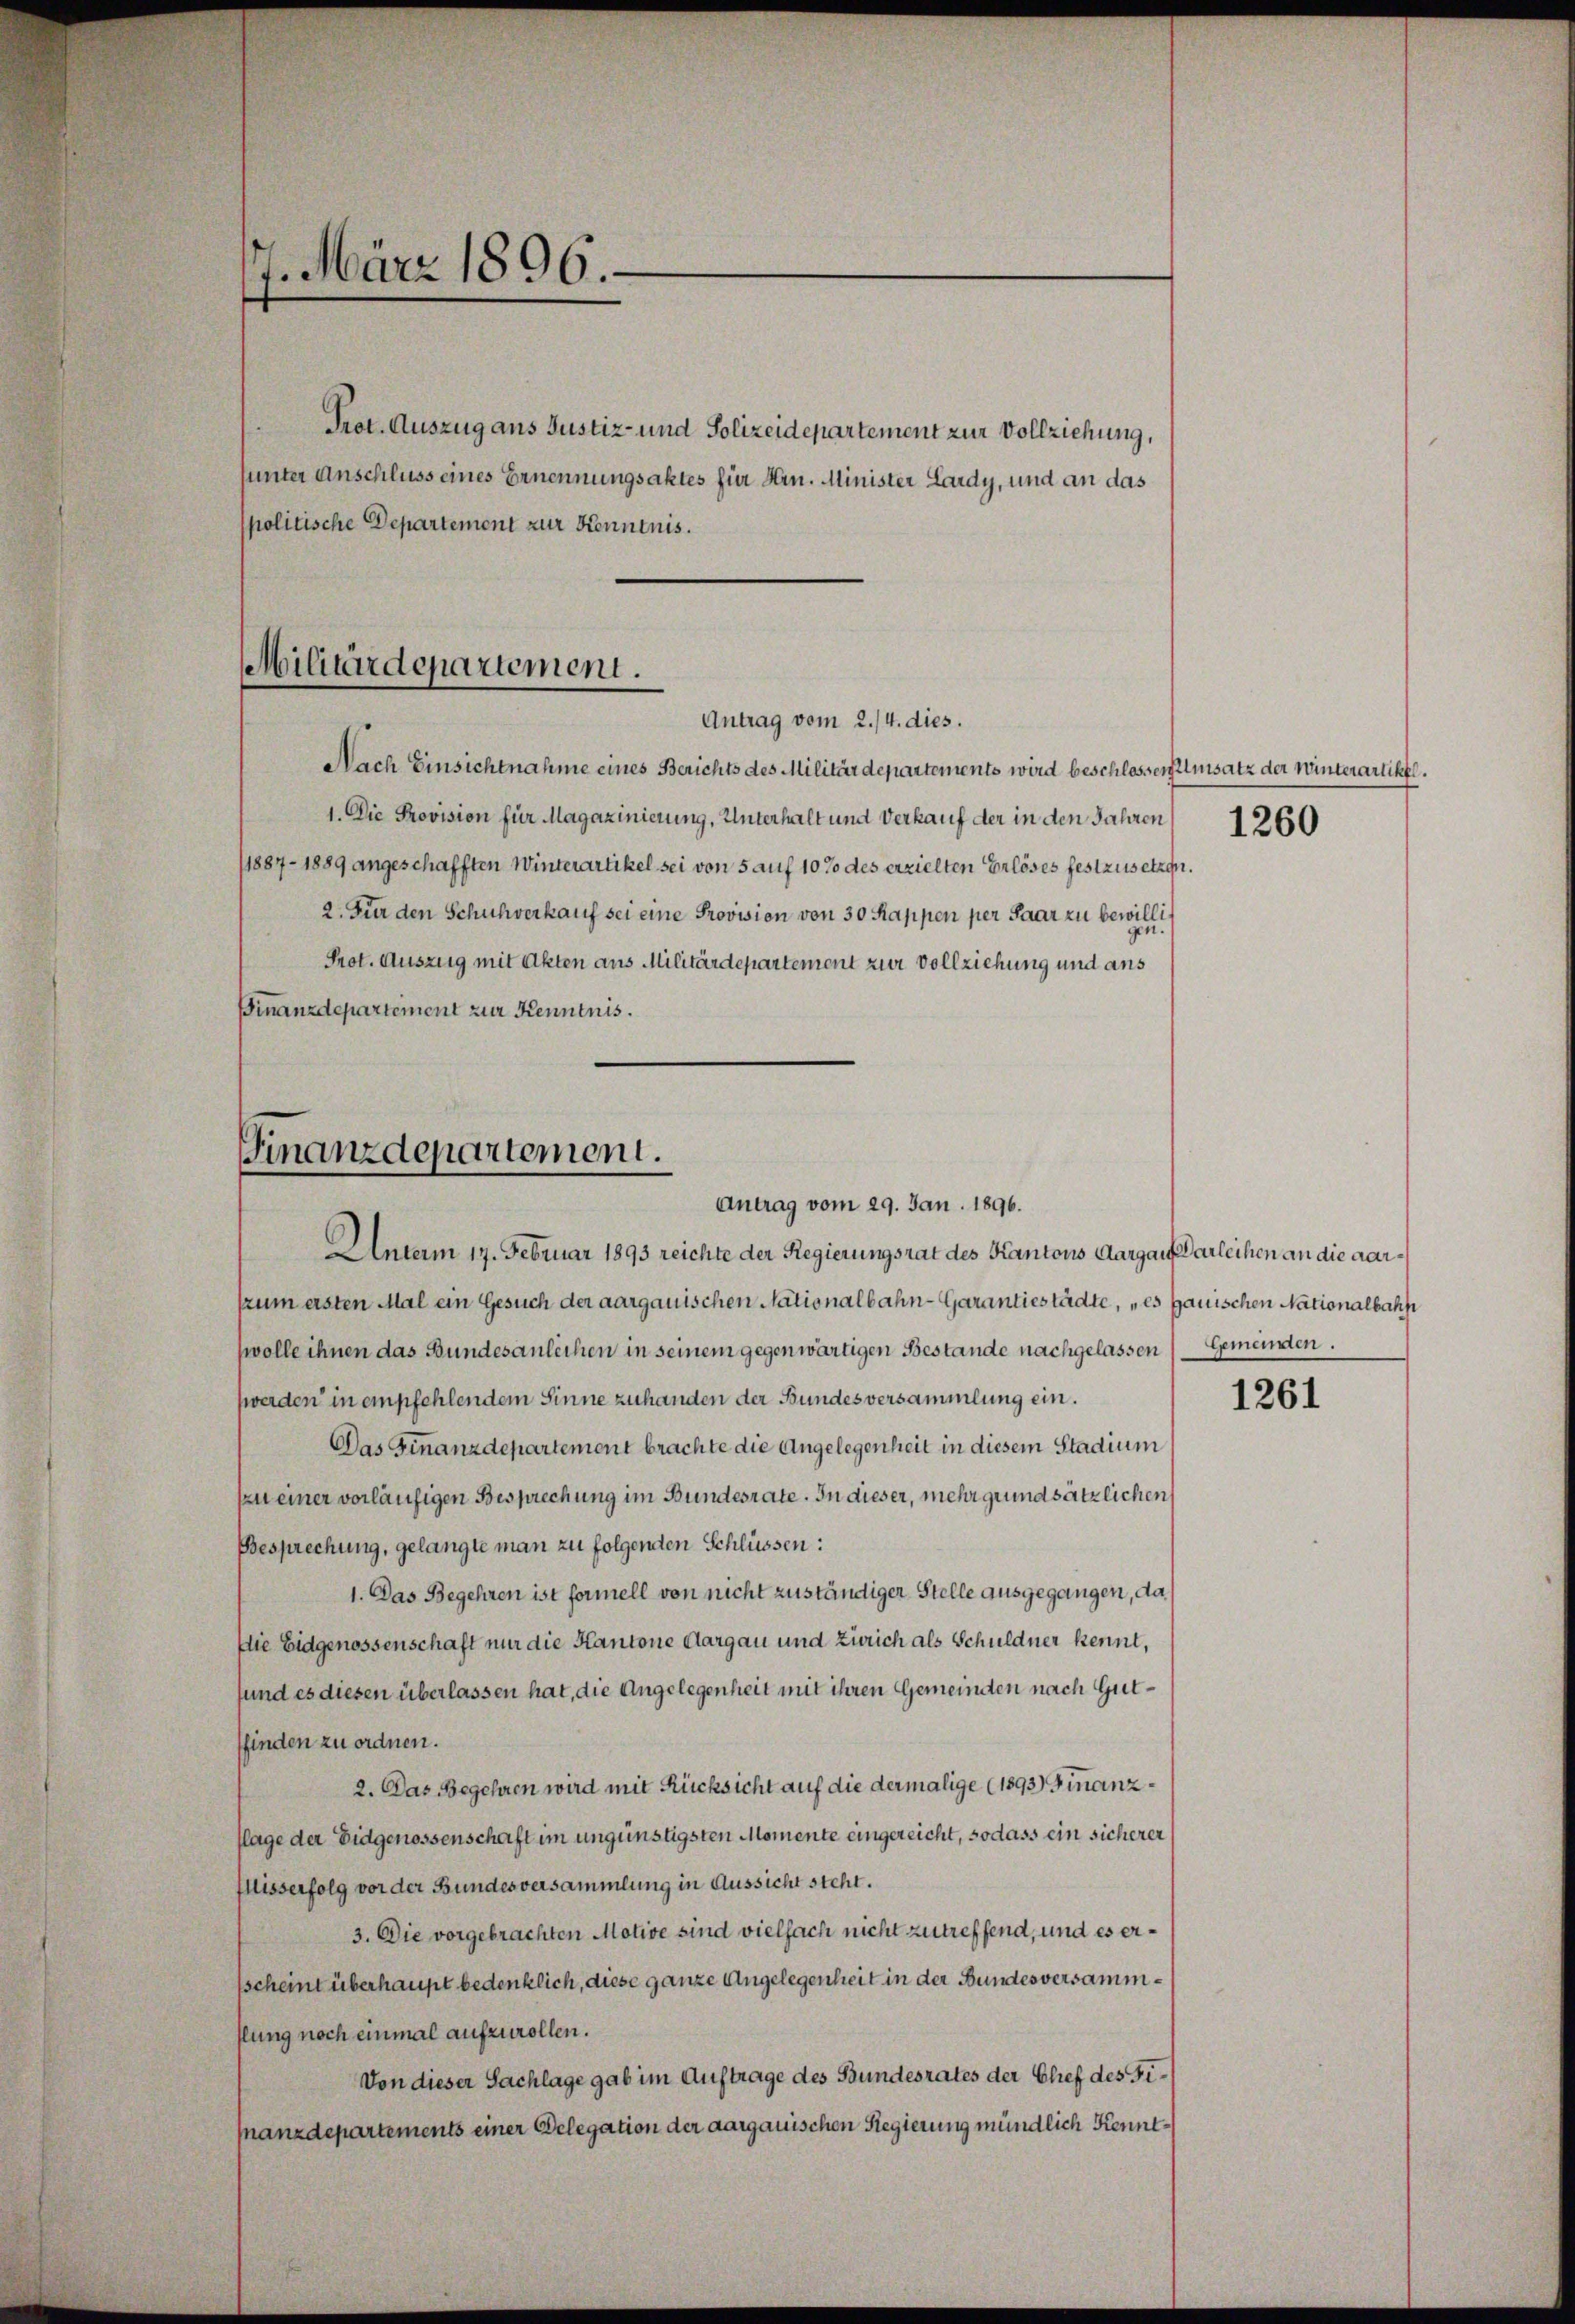
7. März 1896.

spolitische Departement zur Kenntnis.

Pret. Auszug aus Justiz- und Polizeidepartement zur Vollziehung,
sunter Anschluss eines Ernennungsaktes für Hrn. Minister Lardy, und an das

Militärdepartement.
Antrag vom 2./4. dies.

Finanzdepartement.
Antrag vom 29. Jan. 1896.

Unterm 17. Februar 1893 reichte der Regierungsrat des Kantons Aargaus Darleihen an die aarsrum ersten Mal ein Gesuch der aargauischen Nationalbahn-Garantiestädte, „es gauischen Nationalbahne
wvolle ihnen das Bundesanleihen in seinem gegenwärtigen Bestände nachgelassen Gemeinden.
werden in empfehlendem Sinne zuhanden der Bundesversammlung ein.
Das Finanzdepartement brachte die Angelegenheit in diesem Stadium
szu einer vorläufigen Besprechung im Bundesrate. In dieser, mehr grundsätzlichen
Besprechung, gelangte man zu folgenden Schlüssen:
1. Das Begehren ist formell von nicht zuständiger Stelle ausgegangen, da¬
Die Eidgenossenschaft nur die Kantone Aargau und Zürich als Schuldner kennt,
sund es diesen überlassen hat, die Angelegenheit mit ihren Gemeinden nach Gutffinden zu ordnen.
2. Das Begehren wird mit Rücksicht auf die dermalige (1893) Finanzflage der Eidgenossenschaft im ungünstigsten Momente eingereicht, sodass ein sicherer
Misserfolg vor der Bundesversammlung in Aussicht steht.
3. Die vorgebrachten Motive sind vielfach nicht zutreffend, und es ersscheint überhaupt bedenklich, diese ganze Angelegenheit in der Bundesversammslung noch einmal aufzurollen.
Von dieser Sachlage gab im Auftrage des Bundesrates der Glief des Finanzdepartements einer Delegation der aargauischen Regierung mündlich Kennt¬

Nach Einsichtnahme eines Berichts des Militärdepartements wird beschlossen Umsatz der Winterartikel.
1. Die Provision für Magazinierung, Unterhalt und Verkauf der in den Jahren
1887 - 1889 angeschafften Winterartikel sei von 5 auf 10 % des erzielten Erlöses festzusetzen.
2. Für den Schuhverkauf sei eine Provision von 30 Kappen per Paar zu bewilli¬
Prot. Auszug mit Akten aus Militärdepartement zur Vollziehung und aus
Finanzdepartement zur Kenntnis.

1260

1261